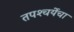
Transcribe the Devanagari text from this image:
तपश्‍चर्येचा